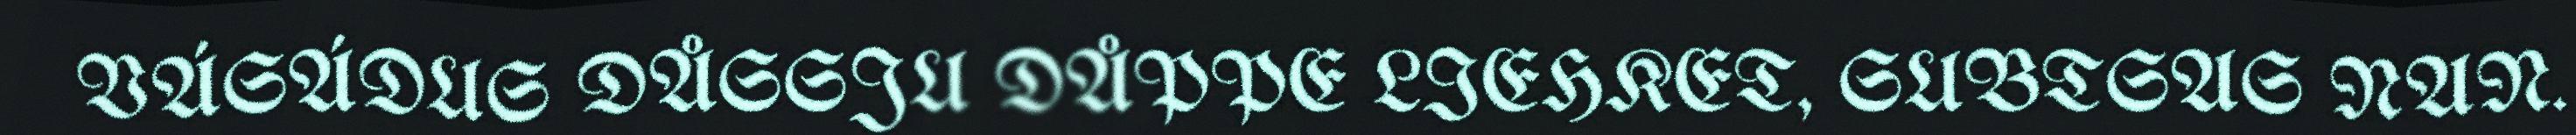
VÁSÁDUS DÅSSJU DÅPPE LIEHKET, SUBTSAS NAN.